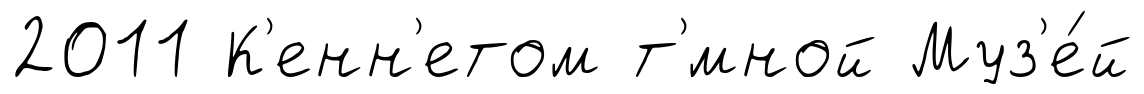
2011 К'енн'етом т'́мной Муз'е́й